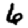
Digit: 6